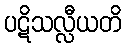
ပဋိသလ္လီယတိ